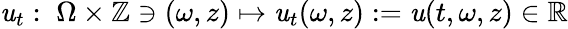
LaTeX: \mathit{u}_{t}:\; \Omega\times\mathbb{{Z}}\ni(\omega,z)\mapsto\mathit{u}_{t}(\omega,z):=\mathit{u}(t,\omega,z)\in\mathbb{{R}}